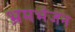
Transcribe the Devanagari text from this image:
भ्रमभंजन